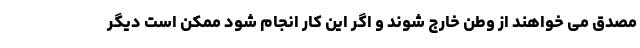
مصدق می خواهند از وطن خارج شوند و اگر این کار انجام شود ممکن است دیگر